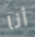
أنا